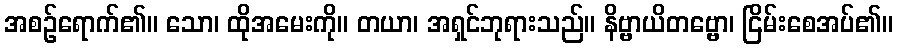
အစဉ်ရောက်၏။ သော၊ ထိုအမေးကို။ တယာ၊ အရှင်ဘုရားသည်။ နိဗ္ဗာယိတဗ္ဗော၊ ငြိမ်းစေအပ်၏။